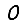
Digit: 0